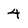
Character: 4